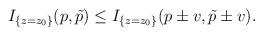
LaTeX: \begin{align*}I_{\{z=z_0\}}(p,\tilde{p}) \leq I_{\{z=z_0\}} (p\pm v, \tilde{p}\pm v).\end{align*}